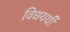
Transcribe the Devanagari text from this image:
विधयर्थी